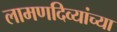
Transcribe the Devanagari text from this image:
लामणदिव्यांच्या